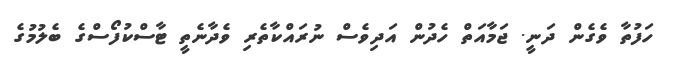
ހަފުތާ ވެގެން ދަނީ. ޖަމާއަތް ހެދުން އަދިވެސް ނުރައްކާތެރި ވެދާނެތީ ޓާސްކުފޯސްގެ ބެލުމުގެ